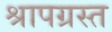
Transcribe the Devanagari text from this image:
श्रापग्रस्त